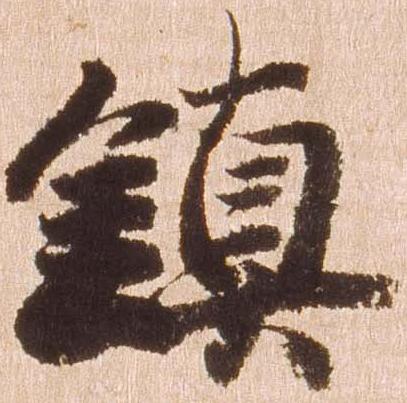
鎮